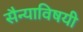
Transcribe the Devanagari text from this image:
सैन्याविषयी